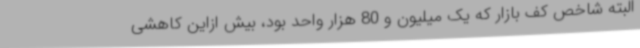
البته شاخص کف بازار که یک میلیون و 80 هزار واحد بود، بیش ازاین کاهشی